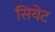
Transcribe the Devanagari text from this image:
सियेट